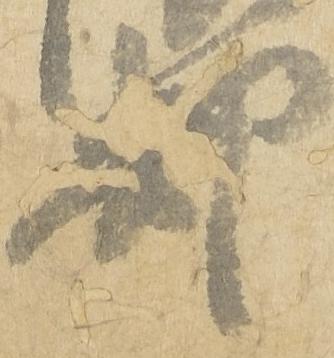
却